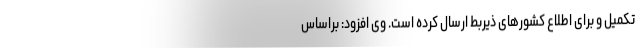
تکمیل و برای اطلاع کشورهای ذیربط ارسال کرده است. وی افزود: براساس